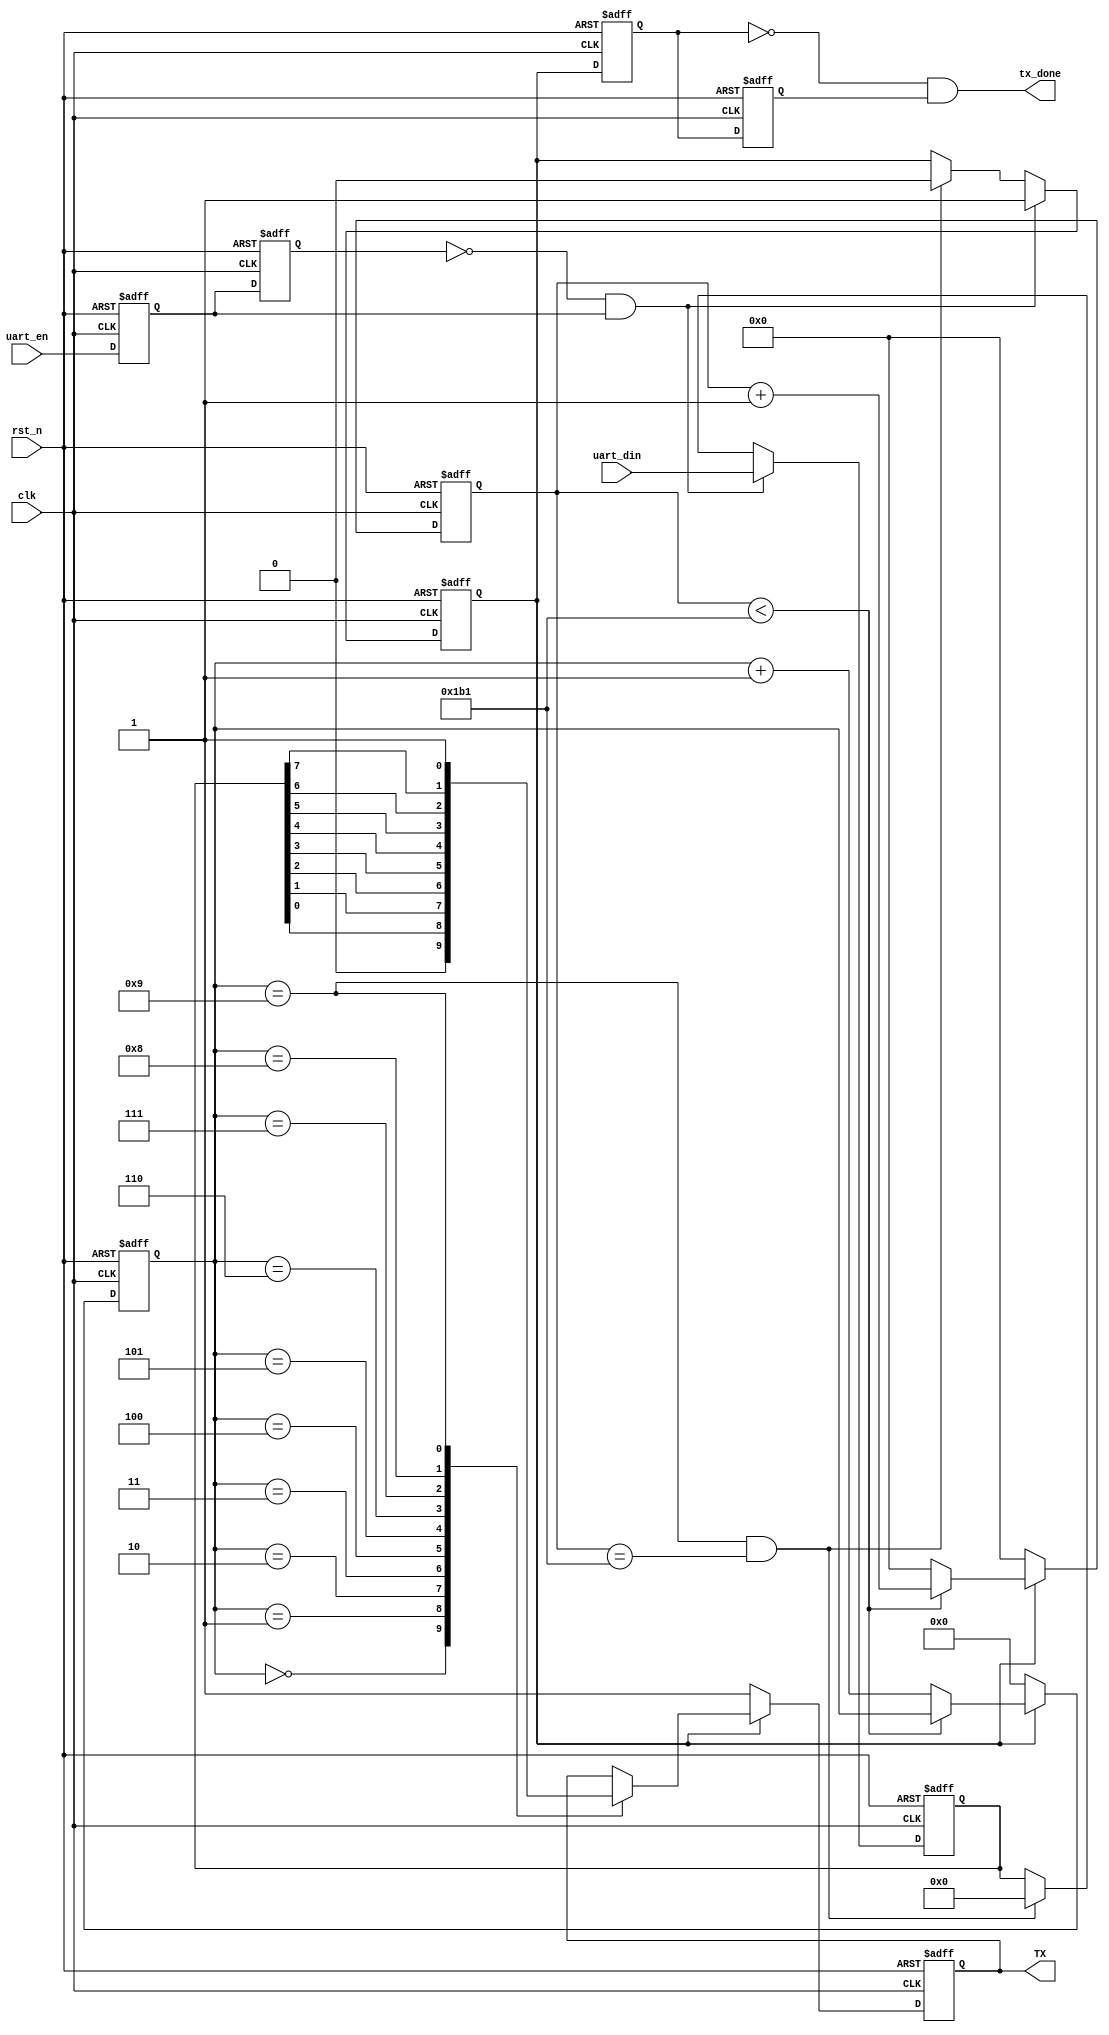
module uart_TX(
    input	      clk,                  //
    input         rst_n,                //
    
    input         uart_en,                  //
    input  [7:0]  uart_din,                 //
    output  reg   TX,                  //UART
	output		  tx_done
    );
    
//parameter define
parameter  CLK_FREQ = 50000000;             //
parameter  UART_BPS = 115200;                 //
localparam BPS_CNT  = CLK_FREQ/UART_BPS;    //BPS_CNT

//reg define
reg        uart_en_d0; 
reg        uart_en_d1;  
reg [15:0] clk_cnt;                         //
reg [ 3:0] tx_cnt;                          //
reg        tx_flag;                         //
reg [ 7:0] tx_data;                         //

//wire define
wire       en_flag;

//*****************************************************
//**                    main code
//*****************************************************
//uart_en
assign en_flag = (~uart_en_d1) & uart_en_d0;

//negedge for tx_flag means tx done
reg dff1, dff2;
always @ (posedge clk, negedge rst_n) begin
	if (!rst_n) begin
		dff1 <= 1'b0;
		dff2 <= 1'b0;
	end else begin
		dff1 <= tx_flag;
		dff2 <= dff1;
	end
end
assign tx_done = (!dff1) & (dff2);
                                                 
//uart_en
always @(posedge clk or negedge rst_n) begin         
    if (!rst_n) begin
        uart_en_d0 <= 1'b0;                                  
        uart_en_d1 <= 1'b0;
    end                                                      
    else begin                                               
        uart_en_d0 <= uart_en;                               
        uart_en_d1 <= uart_en_d0;                            
    end
end

//en_flag,          
always @(posedge clk or negedge rst_n) begin         
    if (!rst_n) begin                                  
        tx_flag <= 1'b0;
        tx_data <= 8'd0;
    end 
    else if (en_flag) begin                 //                      
            tx_flag <= 1'b1;                //tx_flag
            tx_data <= uart_din;            //
        end
        else 
        //if ((tx_cnt == 4'd9)&&(clk_cnt == BPS_CNT/2))
		if ((tx_cnt == 4'd9)&&(clk_cnt == BPS_CNT-1))
        begin                               //
            tx_flag <= 1'b0;                //tx_flag
            tx_data <= 8'd0;
        end
        else begin
            tx_flag <= tx_flag;
            tx_data <= tx_data;
        end 
end

//
always @(posedge clk or negedge rst_n) begin         
    if (!rst_n) begin                             
        clk_cnt <= 16'd0;                                  
        tx_cnt  <= 4'd0;
    end                                                      
    else if (tx_flag) begin                 //
        if (clk_cnt < BPS_CNT - 1) begin
            clk_cnt <= clk_cnt + 1'b1;
            tx_cnt  <= tx_cnt;
        end
        else begin
            clk_cnt <= 16'd0;               //
            tx_cnt  <= tx_cnt + 1'b1;       //1
        end
    end
    else begin                              //
        clk_cnt <= 16'd0;
        tx_cnt  <= 4'd0;
    end
end

//uart
always @(posedge clk or negedge rst_n) begin        
    if (!rst_n)  
        TX <= 1'b1;        
    else if (tx_flag)
        case(tx_cnt)
            4'd0: TX <= 1'b0;         // 
            4'd1: TX <= tx_data[0];   //
            4'd2: TX <= tx_data[1];
            4'd3: TX <= tx_data[2];
            4'd4: TX <= tx_data[3];
            4'd5: TX <= tx_data[4];
            4'd6: TX <= tx_data[5];
            4'd7: TX <= tx_data[6];
            4'd8: TX <= tx_data[7];   //
            4'd9: TX <= 1'b1;         //
            default: ;
        endcase
    else 
        TX <= 1'b1;                   //
end

endmodule